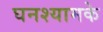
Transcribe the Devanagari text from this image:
घनश्यामके